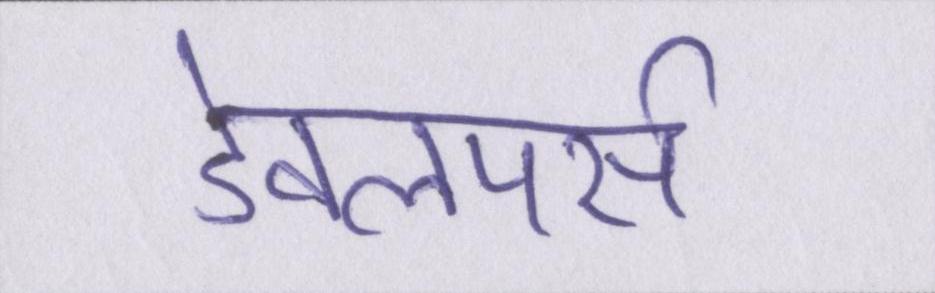
डेवलपर्स